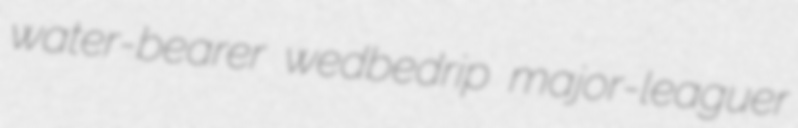
water-bearer wedbedrip major-leaguer